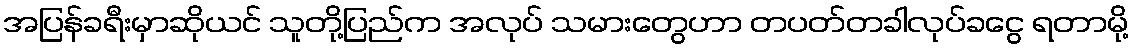
အပြန်ခရီးမှာဆိုယင် သူတို့ပြည်က အလုပ် သမားတွေဟာ တပတ်တခါလုပ်ခငွေ ရတာမို့